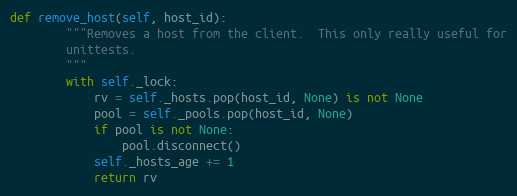
Language: Python
def remove_host(self, host_id):
        """Removes a host from the client.  This only really useful for
        unittests.
        """
        with self._lock:
            rv = self._hosts.pop(host_id, None) is not None
            pool = self._pools.pop(host_id, None)
            if pool is not None:
                pool.disconnect()
            self._hosts_age += 1
            return rv